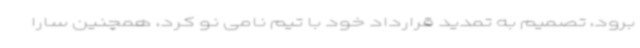
برود، تصمیم به تمدید قرارداد خود با تیم نامی نو کرد، همچنین سارا